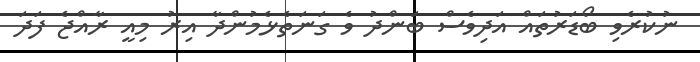
ނުކުރެވި ބޯޑަރުތައް އަދިވެސް ބަންދު ވެ ގަނަތެޅެމުންދާ އިރު މިއީ ރާއްޖެ ފަދަ